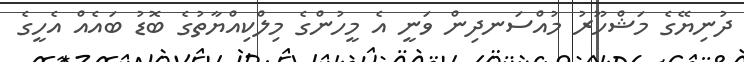
ދުނިޔޭގެ މަޝްހޫރު މުއްސަނދިން ވަނީ އެ މީހުންގެ މިލްކިއްޔާތުގެ ބޮޑު ބައެއް އެހީގެ